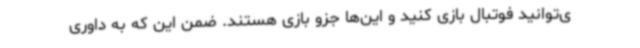
ی‌توانید فوتبال بازی کنید و این‌ها جزو بازی هستند. ضمن این که به داوری